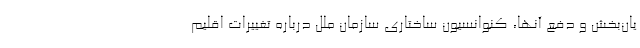
یان‌بخش و دفع آنها، کنوانسیون ساختاری سازمان ملل درباره تغییرات اقلیم